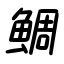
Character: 鯛